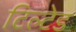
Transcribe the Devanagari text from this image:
टिल्‍टेड